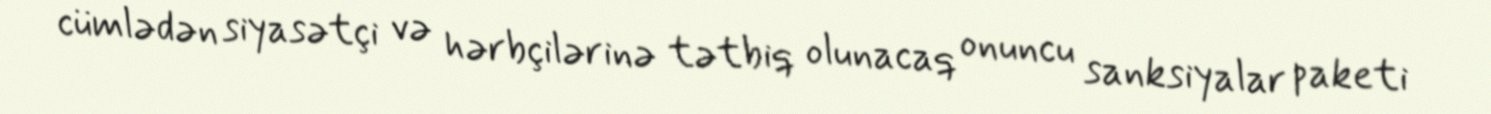
cümlədən siyasətçi və hərbçilərinə tətbiq olunacaq onuncu sanksiyalar paketi